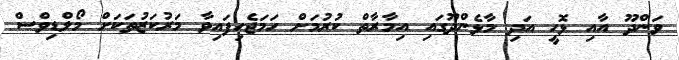
ވަންދޫ އާއި ޅޮހީ އަދި މާޅެންދޫގައި އިމާރާތް ކުރުމަށް ހަމަޖެހިފައިވާ މަރުކަޒުތަކަށް މޯލްޑިވްސް